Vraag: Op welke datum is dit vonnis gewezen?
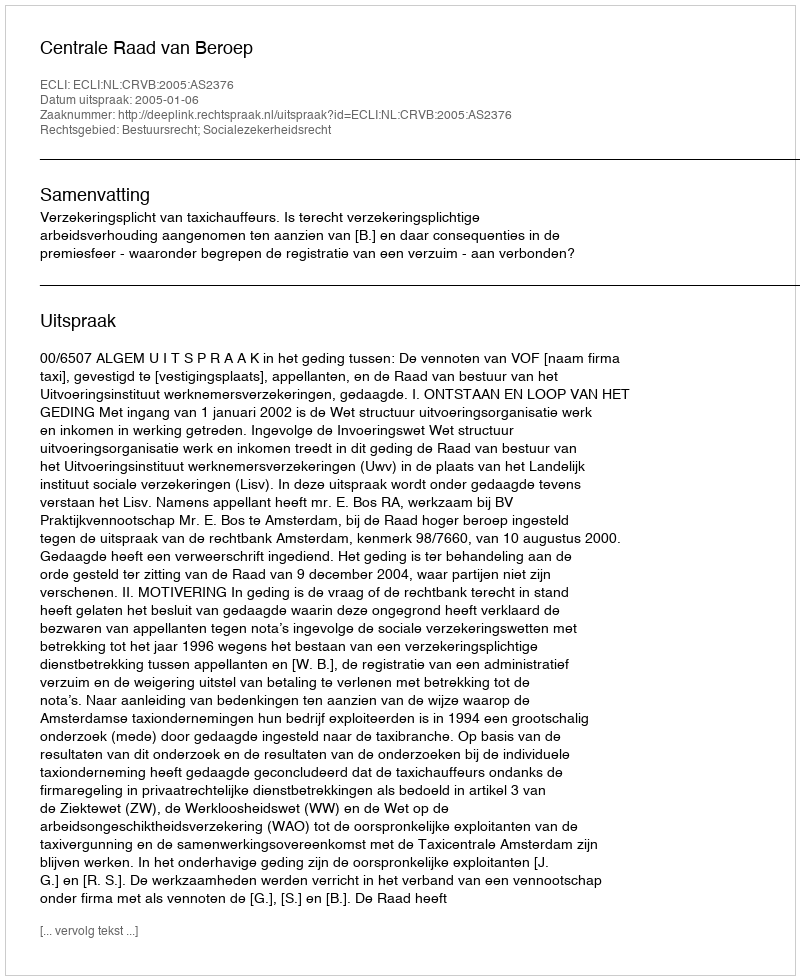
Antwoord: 2005-01-06